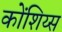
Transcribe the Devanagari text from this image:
कोंशिय्स